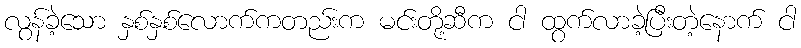
လွန်ခဲ့သော နှစ်နှစ်လောက်ကတည်းက မင်းတို့ဆီက ငါ ထွက်လာခဲ့ပြီးတဲ့နောက် ငါ